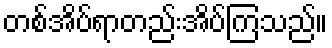
တစ်အိပ်ရာတည်းအိပ်ကြသည်။